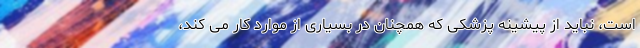
است، نباید از پیشینه پزشکی که همچنان در بسیاری از موارد کار می کند،